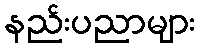
နည်းပညာများ